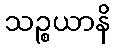
သဉ္စယာနိ